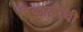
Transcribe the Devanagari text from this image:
निकालांची